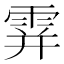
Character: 𩂦